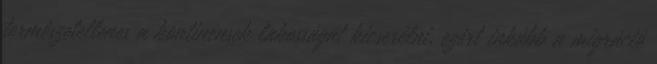
természetellenes a kontinensek lakosságát kicserélni, ezért inkább a migráció